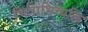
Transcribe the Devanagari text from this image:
चित्राभिव्यक्ति